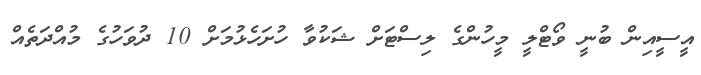
އީސީއިން ބުނީ ވޯޓްލީ މީހުންގެ ލިސްޓަށް ޝަކުވާ ހުށަހެޅުމަށް 10 ދުވަހުގެ މުއްދަތެއް